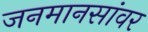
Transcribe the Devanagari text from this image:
जनमानसांवर